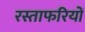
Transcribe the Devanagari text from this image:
रस्ताफरियों